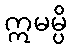
ဣမမ္ပိ